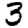
Digit: 3